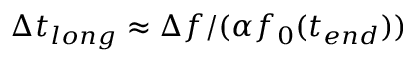
\Delta t _ { l o n g } \approx \Delta f / ( \alpha f _ { 0 } ( t _ { e n d } ) )